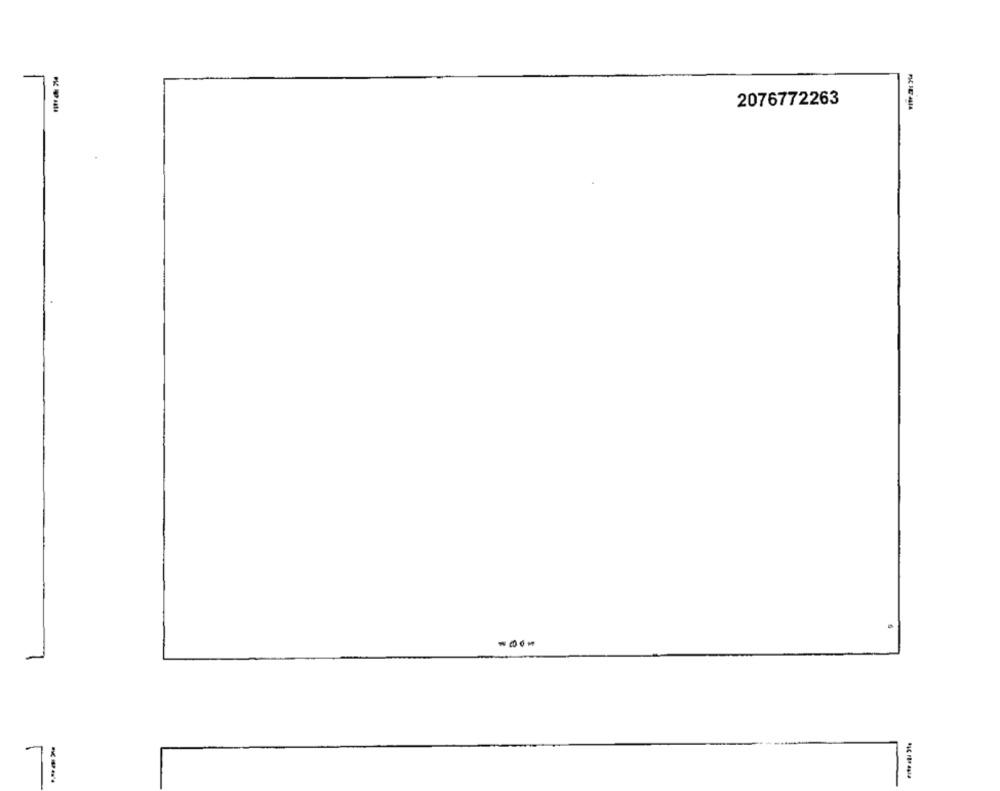
2076772263